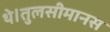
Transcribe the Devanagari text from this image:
थे।तुलसीमानस